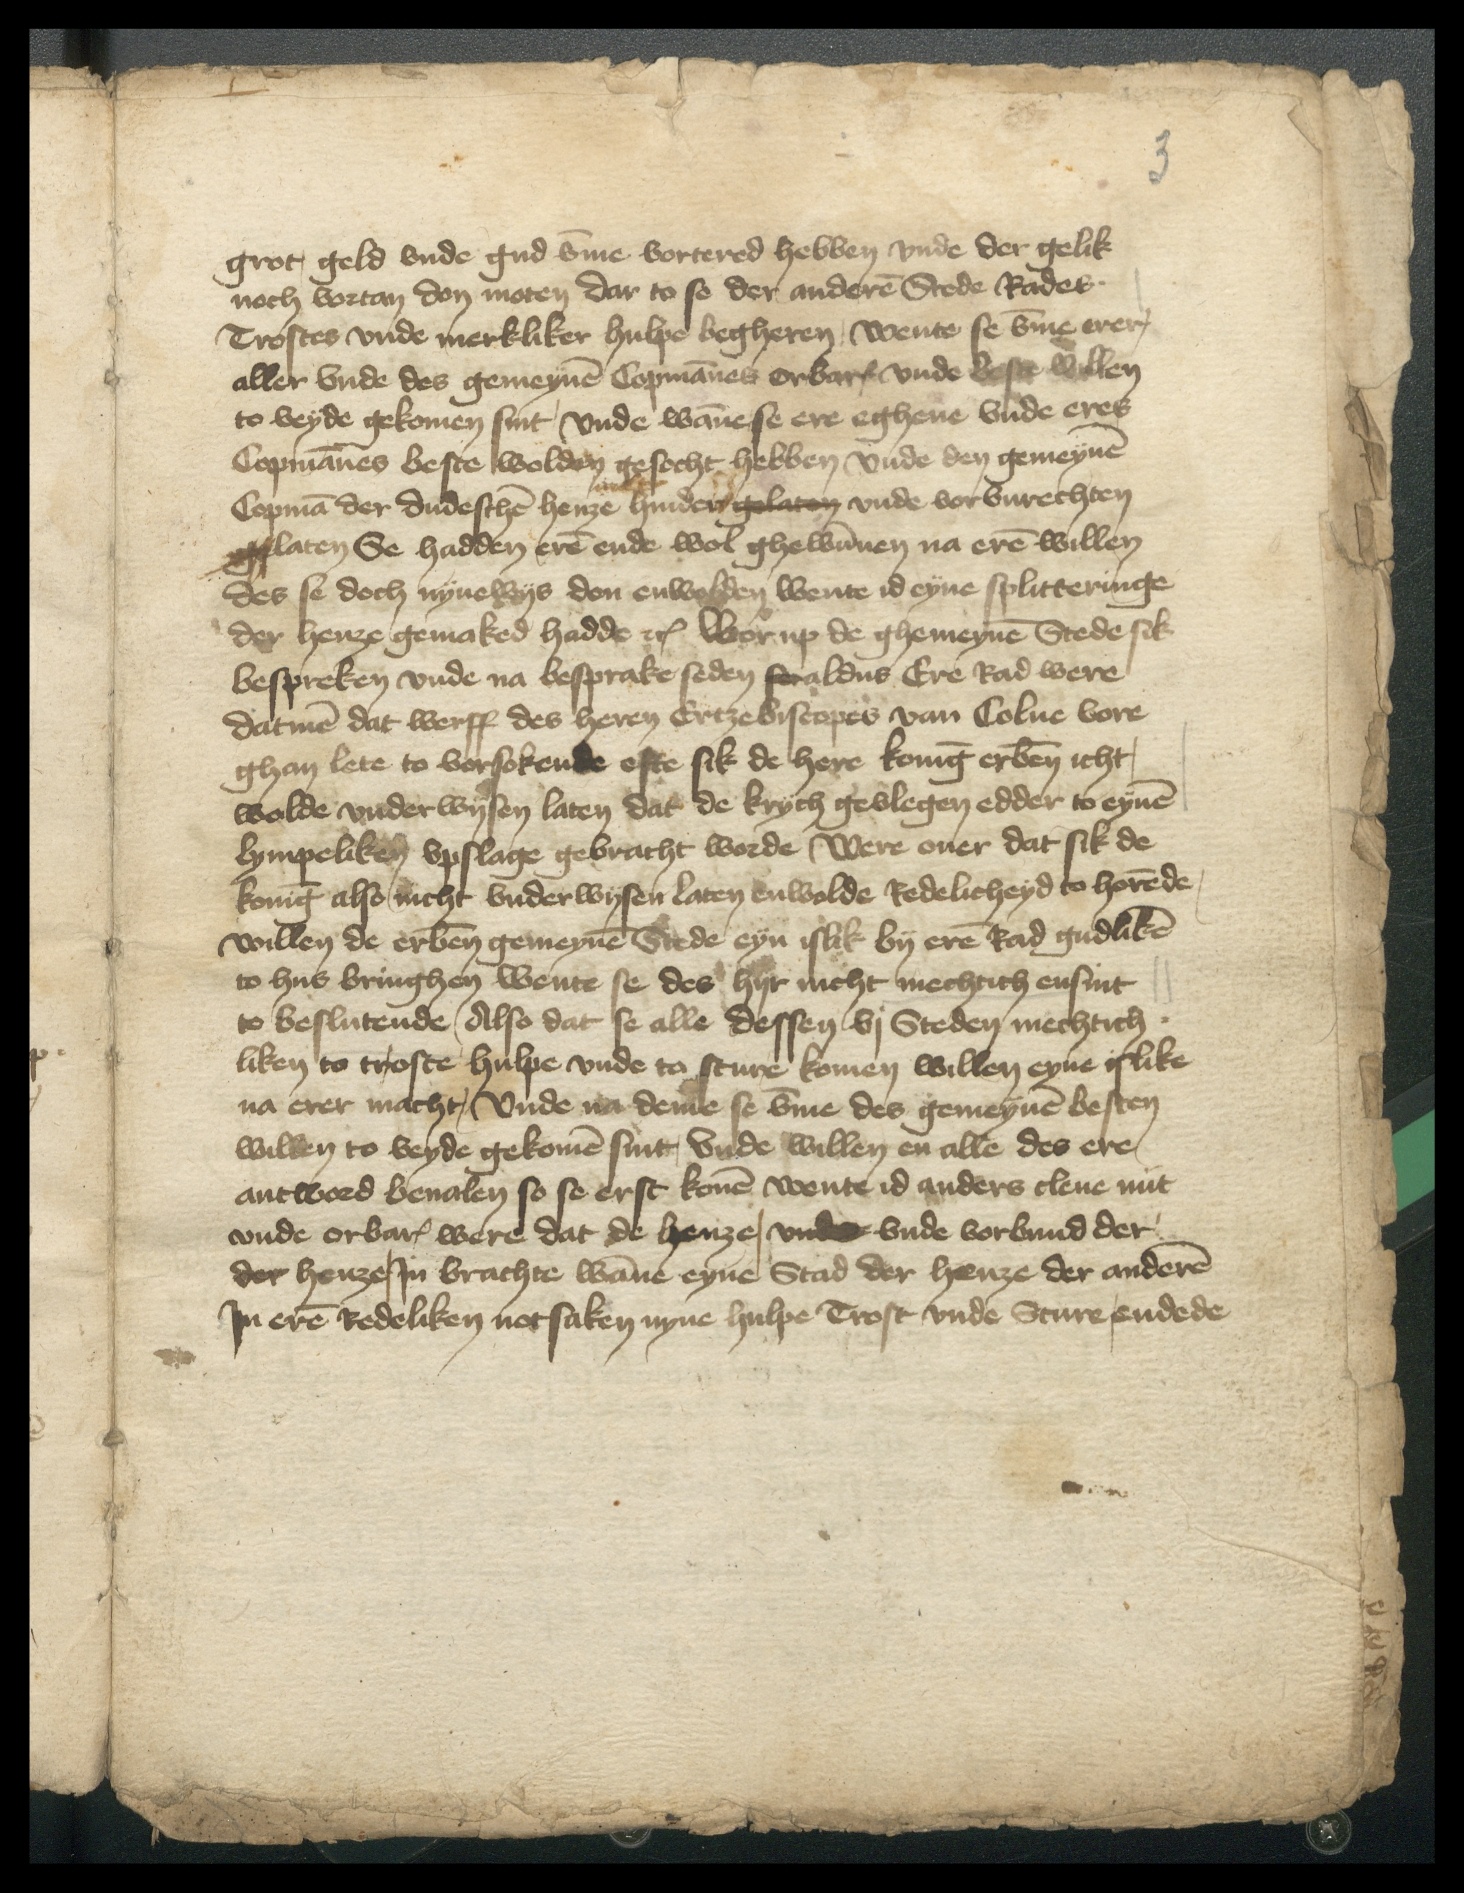
grot geld vnde gud vmme vortered hebben vnde der gelik
noch vortan don moten dar to so der anderen Stede Rades.
Trostes vnde merkliker hulpe begheren, wente se vmme erer
aller vnde des gemeynen Copmannes orbar vnde beste willen
to veyde gekomen sint, vnde wanne se ere eghene vnde eres
Copmannes beste wolden gesocht hebben vnde den gemeynen
Copman der dudeschen henze hinder gelaten vnde vorvnrechten
geslaten Se hadden eren ende wol ghewunnen na eren willen
des se doch nynewys don enwolden wente id eyne splitteringe
der henze gemaked hadde etcetera Worup de ghemeynen Stede sik
bespreken vnde na besprake seden seraldus Ere Rad were
datmen dat werff des heren Ertzebiscopes van Colne vore
ghan lete to vorsokende efte sik de here koning erbenomened icht,
wolde vnderwysen laten dat de krych gevlegen edder to eynen
lympeliken vpslage gebracht worde Were ouer dat sik de
koning also nicht vnderwysen laten enwolde Redelicheyd to horende,
willen de erbenomeden gemeynen Stede eyn islik by eren Rad gudliken
to hus bringhen wente se des hyr nicht mechtich ensint
to beslutende, Also dat se alle dessen vj Steden mechtich¬
liken to troste hulpe vnde to sture komen willen eyne islike
na erer macht, Vnde na deme se vmme des gemeynen besten
willen to beyde gekomen sint, Vnde willen en alle des ere
antword beualen so se erst konen wente id anders clene mit
vnde orbar were dat de henze, vnde vnde vorbund der
der henze, Jn brachte wanne eyne Stad der henze der anderen
Jn eren Redeliken notsaken nyne hulpe Trost vnde Sture, endede